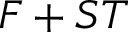
F + S T